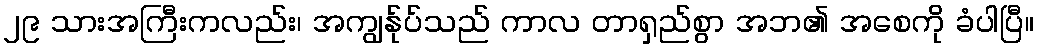
၂၉ သားအကြီးကလည်း၊ အကျွန်ုပ်သည် ကာလ တာရှည်စွာ အဘ၏ အစေကို ခံပါပြီ။